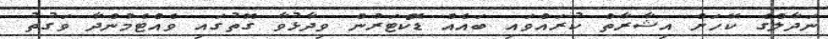
ނަދާލްގެ ކޭހަށް އިޝާރާތް ކުރައްވައި ބައެއް ޑޮކްޓަރުން ވިދާޅުވާ ގޮތުގައި ވެއްޓެމުންދާ ވަގުތު